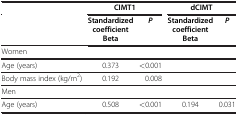
|  | <COLSPAN=2> CIMT1 | <COLSPAN=2> dCIMT |
 |  | Standardized coefficient Beta | P | Standardized coefficient Beta | P |
 | --- | --- | --- | --- | --- |
 | Women |  |  |  |  |
 | Age (years) | 0.373 | <0.001 |  |  |
 | Body mass index (kg/m2) | 0.192 | 0.008 |  |  |
 | Men |  |  |  |  |
 | Age (years) | 0.508 | <0.001 | 0.194 | 0.031 |